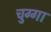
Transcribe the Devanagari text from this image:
चुग्गा